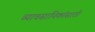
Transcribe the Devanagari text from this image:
व्यावसायिकांसाठी